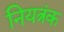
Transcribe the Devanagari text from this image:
नियत्रंक